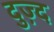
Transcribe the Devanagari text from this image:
दुज़्द